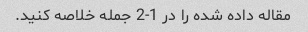
مقاله داده شده را در 1-2 جمله خلاصه کنید.